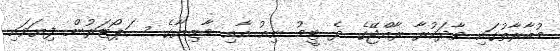
މުބާރާތުގައި ވާދަކުރާ ރާއްޖޭގެ ދެ ޓީމު ނިއު އާއި މާޒިޔާގެ ސަޕޯޓަރުން ފިޔަވައި